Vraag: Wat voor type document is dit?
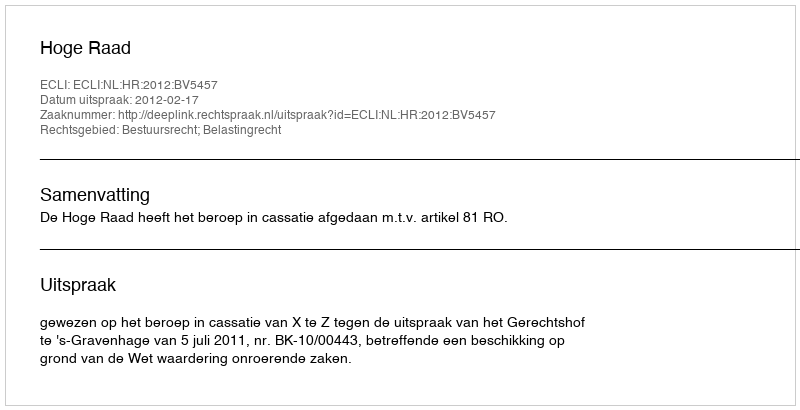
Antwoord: Uitspraak